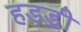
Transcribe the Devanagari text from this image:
हड़ॾी